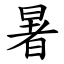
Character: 暑